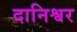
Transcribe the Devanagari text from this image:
दानिश्वर